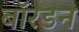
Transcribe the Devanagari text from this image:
बॉरडन